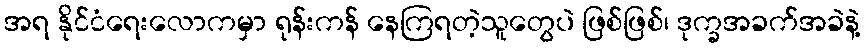
အရ နိုင်ငံရေးလောကမှာ ရုန်းကန် နေကြရတဲ့သူတွေပဲ ဖြစ်ဖြစ်၊ ဒုက္ခအခက်အခဲနဲ့